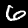
Digit: 6